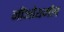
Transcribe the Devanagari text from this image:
जीओथर्मल